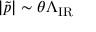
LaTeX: | \tilde { p } | \sim \theta \Lambda _ { \mathrm { I R } }